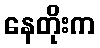
နေတိုးက